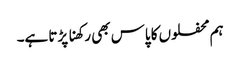
ہم محفلوں کا پاس بھی رکھنا پڑتا ہے۔